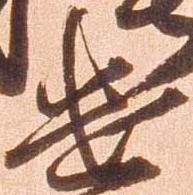
遣